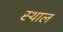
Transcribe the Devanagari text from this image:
स्‍थाल